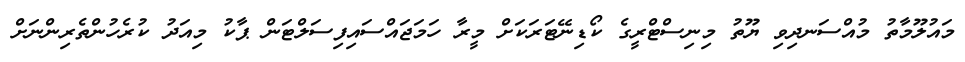
މައުލޫމާތު މުއްސަނދިވި ޔޫތު މިނިސްޓްރީގެ ކޯޑިނޭޓަރަކަށް މީރާ ހަމަޖައްސައިފިސަލްޓަން ޕާކު މިއަދު ކުރެހުންތެރިންނަށް